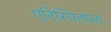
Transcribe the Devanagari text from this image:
एरिस्पितपस